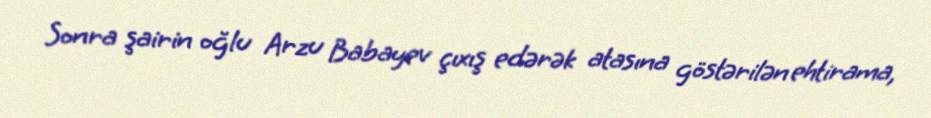
Sonra şairin oğlu Arzu Babayev çıxış edərək atasına göstərilən ehtirama,